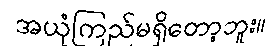
အယုံကြည်မရှိတော့ဘူး။